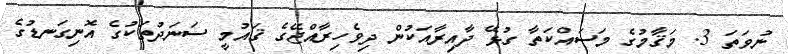
ނުވަތަ 3. މަޤާމުގެ މަސައްކަތާ ގުޅޭ ދާއިރާއަކުން ދިވެހިރާއްޖޭގެ ޤައުމީ ސަނަދުތަކުގެ އޮނިގަނޑުގެ